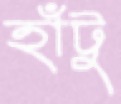
হাঁটু